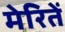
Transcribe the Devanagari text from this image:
मेरितें